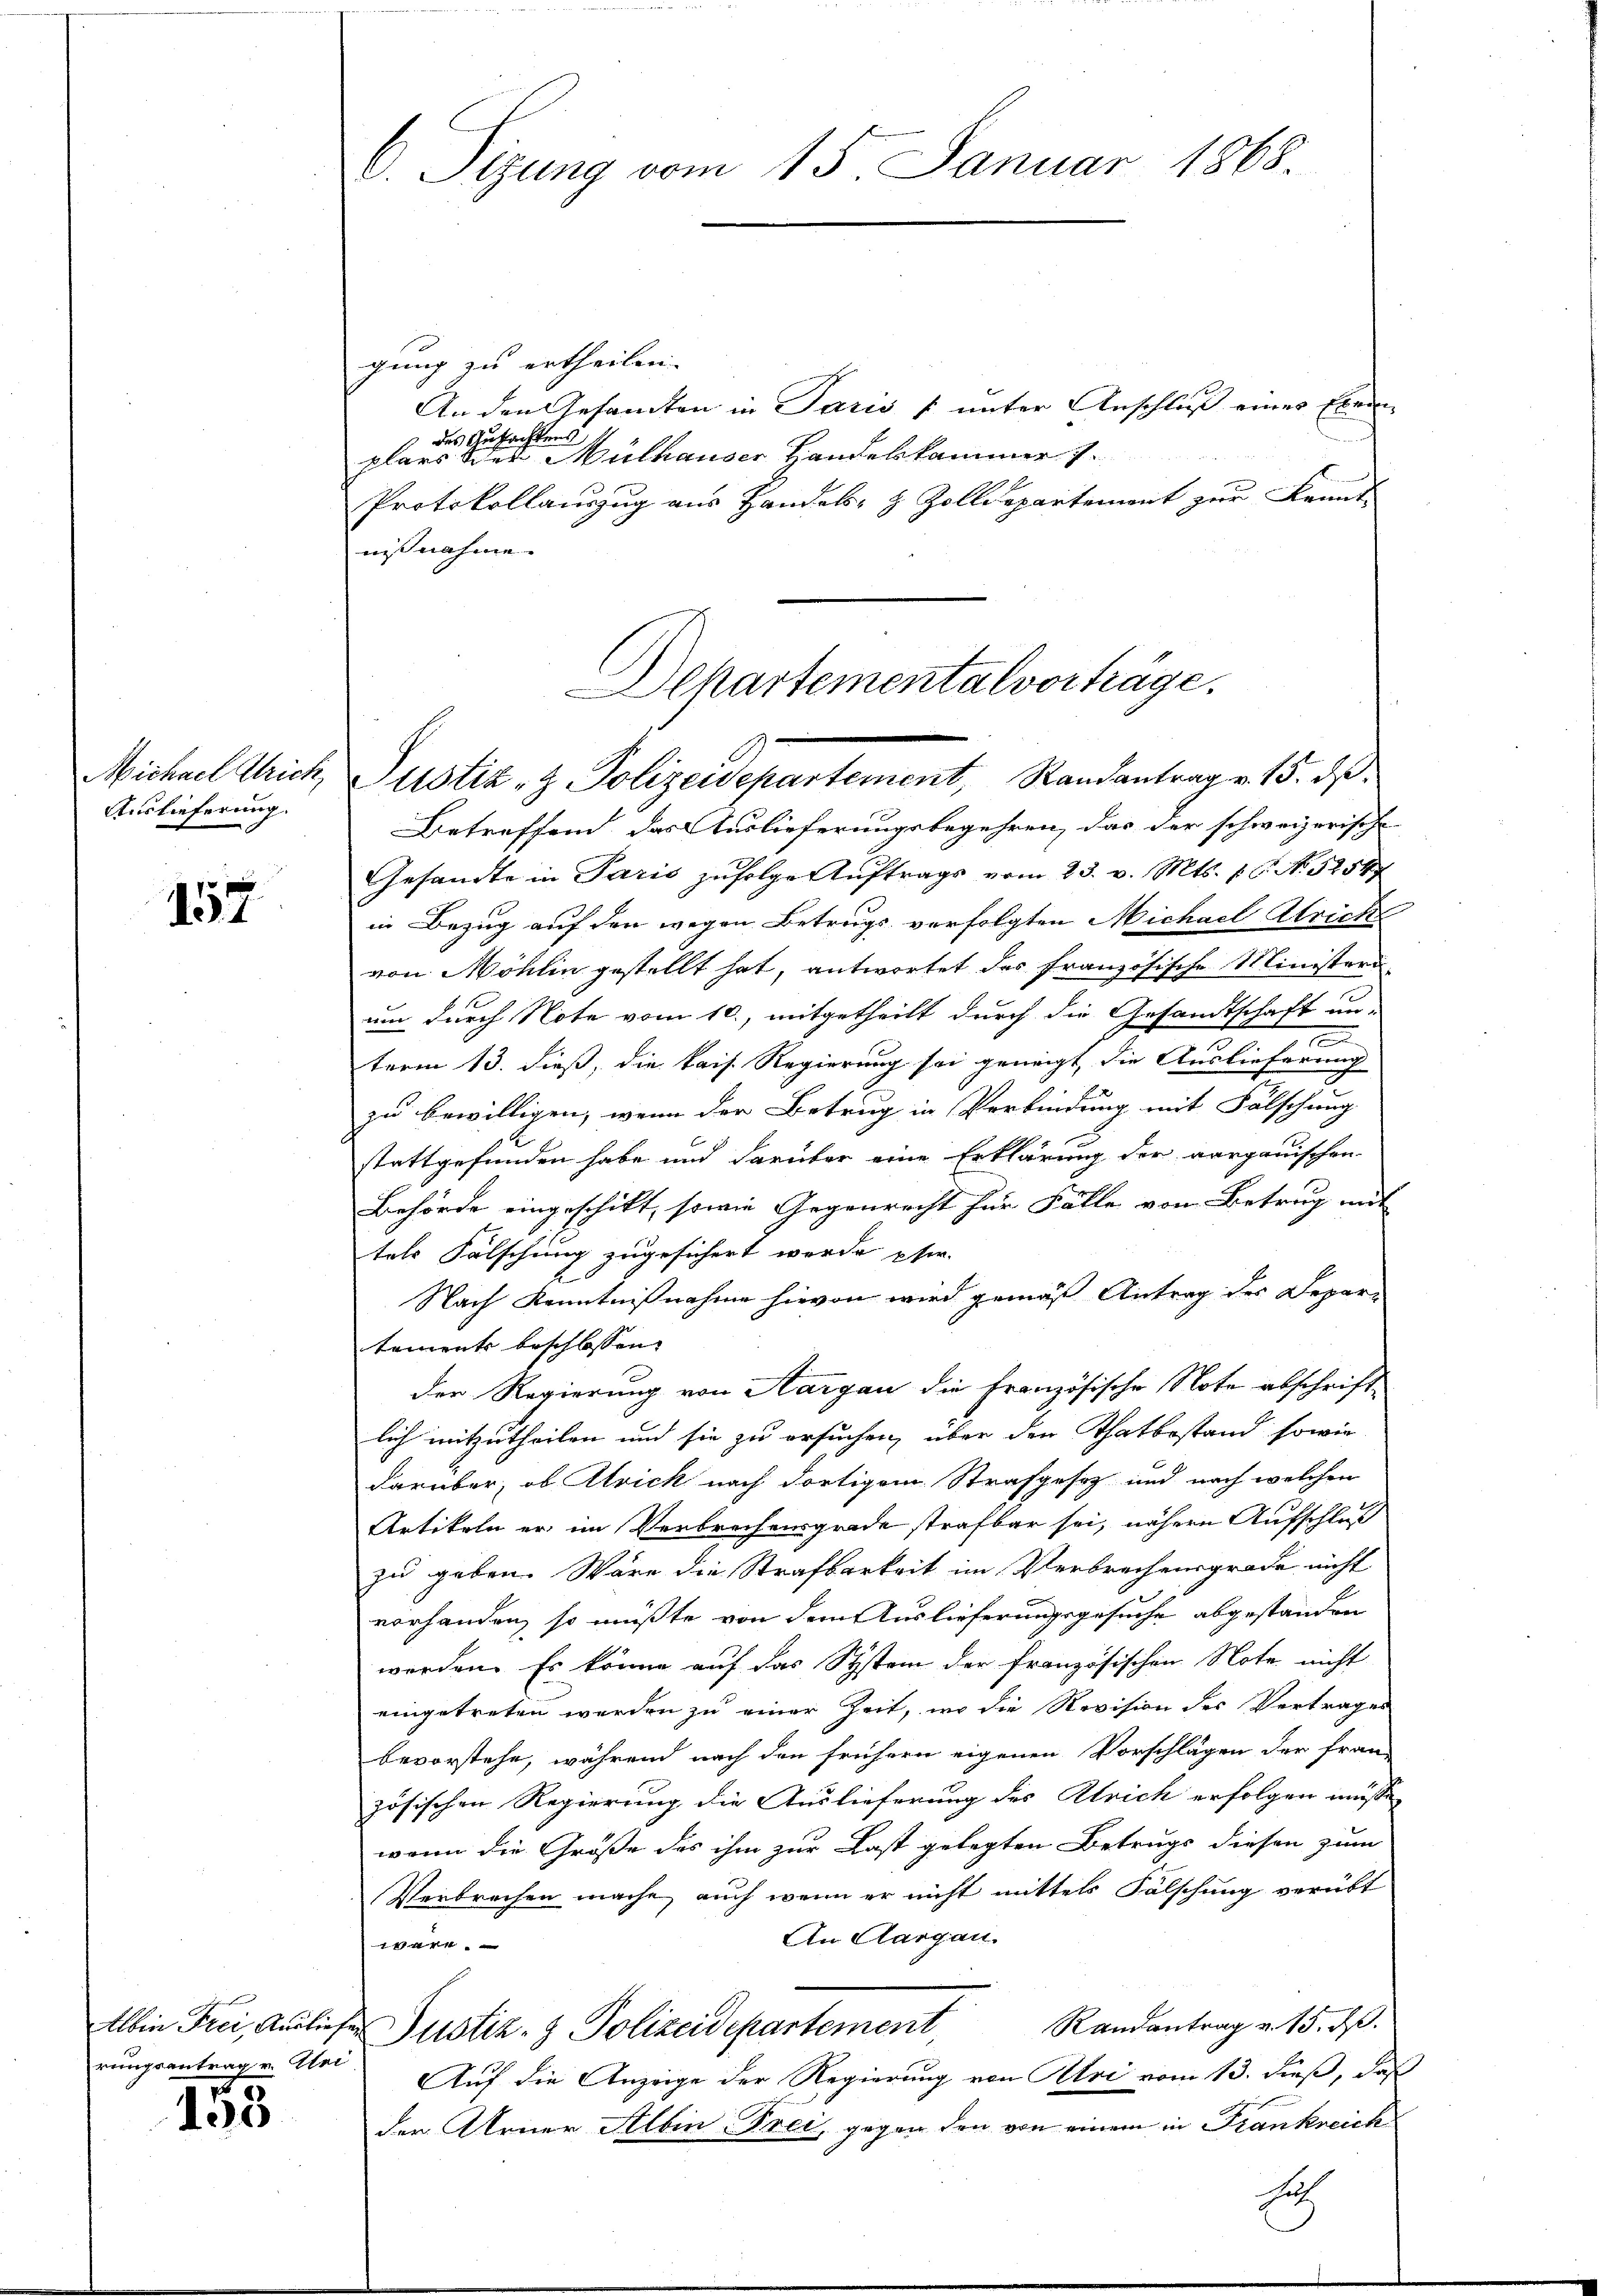
Michael Strich,
Auslieferung.

157

rungsantrag v. Glei

153

gung zu ertheilen. |
An den Gesandten in Paris f unter Anschluß eines Exem
des Gutachtens
plars der Mülhauser Handeskammer .
Protokollauszug aus Handels- & Zolldepartement zur Kennt-
nisnahme.

C. Sizung vom 15. Januar 1868.

Dchartementalvorträge.
Justiz- & Polizeidepartement, Standantrage 15. d.

Betreffend, das Auslieferungsbegehren, das der schweizerische
Gesandte in Paris zufolge Auftrags vom 23. v. Mts. f. 6. No 52547
in Bezug auf den wegen Betrugs verfolgten Michael Strich
von Möhlin gestellt hat, antwortet das französische Ministeri
um durch Note vom 10., mitgetheilt durch die Gesandtschaft un-
10
term 13. dieß, die kais. Regierung sei geneigt, die Auslieferung
zu bewilligen, wenn der Betrug in Verbindung mit Fälschung
4
.
stattgefunden habe und darüber eine Erklärung der vorganischen
Behörde eingeschikt, sowie Gegenrecht für Fälle von Betrug mit
tels Falschung zugesichert werde pfer-
R
Nach Kenntnißnahme hievon wird gemäß Antrag des Depar-
tement beschlossen,
der Regierung von Aargau die Französische Note abschrift-
lich mitzutheilen und sie zu ersuchen, über den Thatbestand sowie
darüber, ob Atrick nach dortigem Strafgesetz und nach welchen
Artikeln er im Verbrechensgrade strafbar sei, nähere Aufschluß
zu geben. Wäre die Strafbarkeit im Verbrechensgrade nicht
vorhanden, so müßte von dem Auslieferungsgesuche abgestanden
werden. Es könne auf das System der französischen Note nicht
eingetreten werden zu einer Zeit, wo die Revision des Vertrages
bevorstehe, während nach den frühern eigenen Vorschlägen der fran-
zösischen Regierung die Auslieferung des Ulrich erfolgen müsse,
wenn die Größe des ihm zur Last gelegten Betrugs diesen zum
Verbrechen mache, auch wenn er nicht mittels Fälschung verübt
An Aargau.
1 der
Randantrag v. 15. dß.
Albin Frei, Ausliefer Justiz- & Polizeidepartement
Auf die Anzeige der Regierung von Uri vom 13. dieß, daß
der Arner Selbin-Frei, gegen den von einem in Frankreich

Er